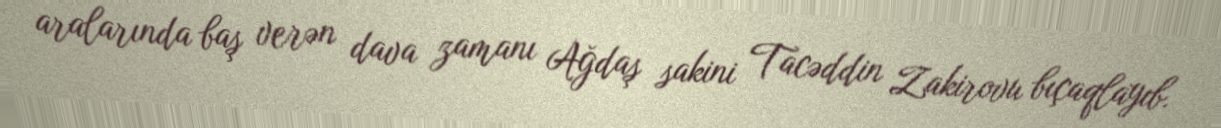
aralarında baş verən dava zamanı Ağdaş sakini Tacəddin Zakirovu bıçaqlayıb.